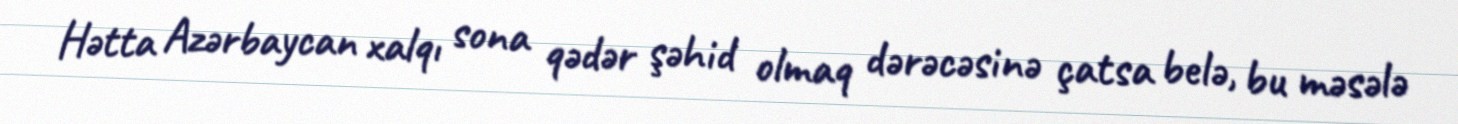
Hətta Azərbaycan xalqı sona qədər şəhid olmaq dərəcəsinə çatsa belə, bu məsələ